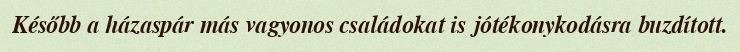
Később a házaspár más vagyonos családokat is jótékonykodásra buzdított.